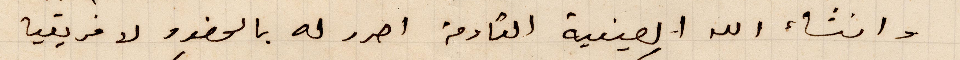
وانشاء الله العينية القادمة احرر له بالحضور لافريقيا